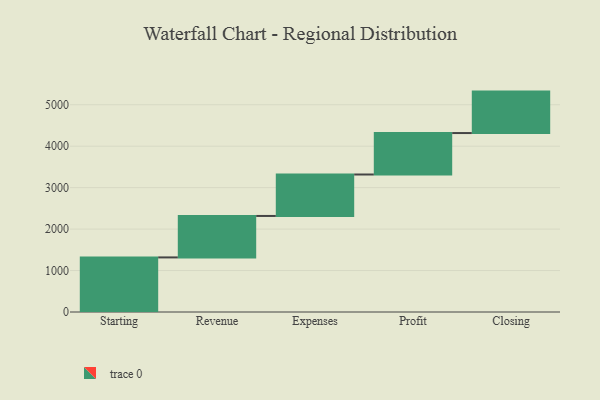
{"axis": {"x": "Step", "y": "Value"}, "legend": [""], "data": [{"x": "Starting", "y": 1317.0, "type": ""}, {"x": "Revenue", "y": 1000, "type": ""}, {"x": "Expenses", "y": 1000, "type": ""}, {"x": "Profit", "y": 1000, "type": ""}, {"x": "Closing", "y": 1000, "type": ""}]}